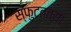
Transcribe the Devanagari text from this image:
स्फुटततया